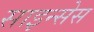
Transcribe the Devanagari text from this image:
साइन्सेस